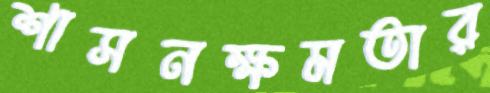
শাসনক্ষমতার